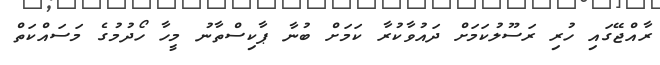
ރާއްޖޭގައި ހުރި ރަސޫލުކަމަށް ދައުވާކުރާ ކަމަށް ބުނާ ޕާކިސްތާނު މީހާ ހޯދުމުގެ މަސައްކަތް